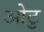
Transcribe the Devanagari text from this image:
ओटु